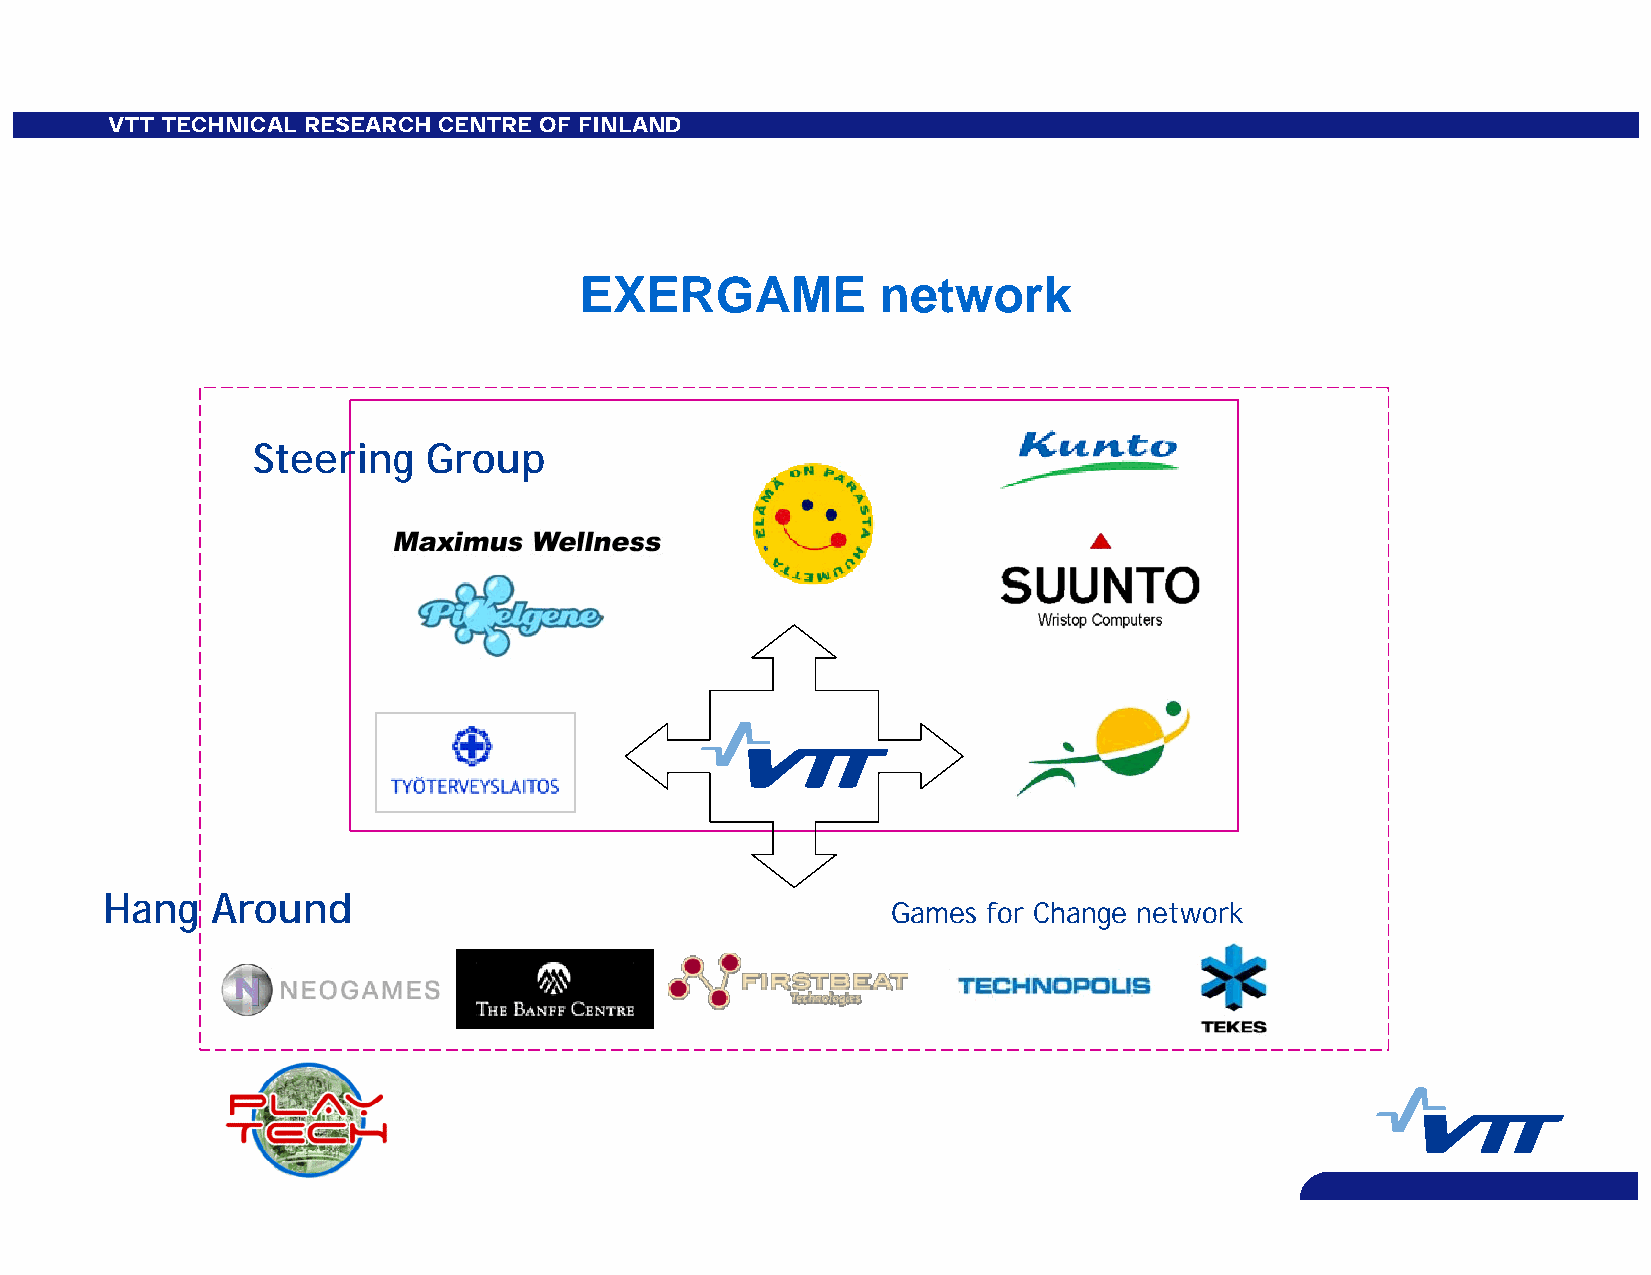
VTT TECHNICAL RESEARCH CENTRE OF FINLAND
 EXERGAME            network
 Steering   Group
 Hang   Around
 Games for Change network